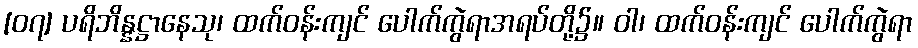
[၀၇] ပရိဘိန္နဋ္ဌာနေသု၊ ထက်ဝန်းကျင် ပေါက်ကွဲရာအရပ်တို့၌။ ဝါ၊ ထက်ဝန်းကျင် ပေါက်ကွဲရာ